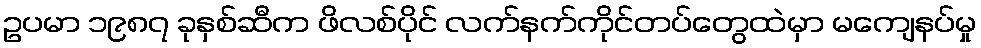
ဥပမာ ၁၉၈၇ ခုနှစ်ဆီက ဖိလစ်ပိုင် လက်နက်ကိုင်တပ်တွေထဲမှာ မကျေနပ်မှု